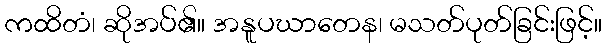
ကထိတံ၊ ဆိုအပ်၏။ အနူပဃာတေန၊ မသတ်ပုတ်ခြင်းဖြင့်။